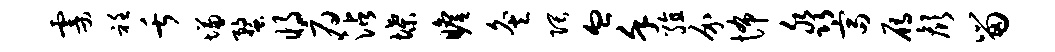
霎衽舌慊蝥将府沾堞瞻灸隈血堇殖介怖淼富雁颜留